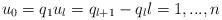
LaTeX: \begin{align*} u_0 = q_1 u_{l} = q_{l+1} - q_l l=1,...,n \end{align*}